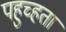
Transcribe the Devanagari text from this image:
पहुच्हता